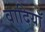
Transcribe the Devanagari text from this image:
वादियॉ